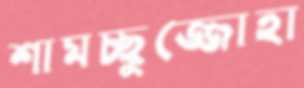
শামচ্ছুজ্জোহা